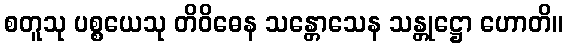
စတူသု ပစ္စယေသု တိဝိဓေန သန္တောသေန သန္တုဋ္ဌော ဟောတိ။